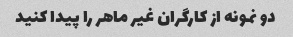
دو نمونه از کارگران غیر ماهر را پیدا کنید